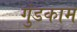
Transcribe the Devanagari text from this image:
गुंडकाम